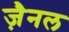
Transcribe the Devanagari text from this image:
ज़ैनल